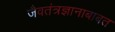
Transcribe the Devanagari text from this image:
जैवतंत्रज्ञानाबाबत